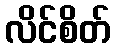
လိင်စိတ်